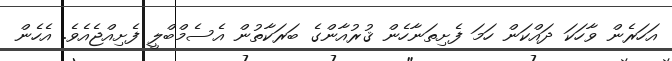
އަހަރެން ވާހަކަ ދައްކަން ހަމަ ފެށިތަނާހެން ޤުރުއާންގެ ބަރަކާތުން އެސެމްބްލީ ފެށިއްޖެއެވެ. އެހެން